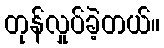
တုန်လှုပ်ခဲ့တယ်။